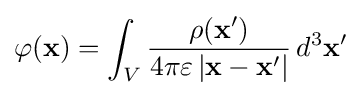
\varphi (\mathbf {x} )=\int _{V}{\dfrac {\rho (\mathbf {x} ')}{4\pi \varepsilon \left|\mathbf {x} -\mathbf {x} '\right|}}\,d^{3}\mathbf {x} '